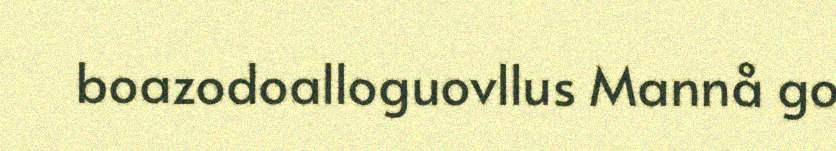
boazodoalloguovllus Mannå go